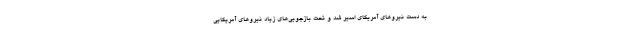
به دست نیروهای آمریکای اسیر شد و تحت بازجویی‌های زیاد نیروهای آمریکایی